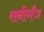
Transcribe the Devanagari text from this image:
रानीगँज